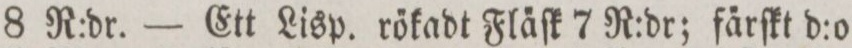
8 R:dr. — Ett Lisp. rőkadt Fla̋ſk 7 R:dr; fa̋rſkt d:o